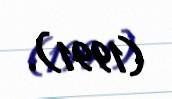
(1991).